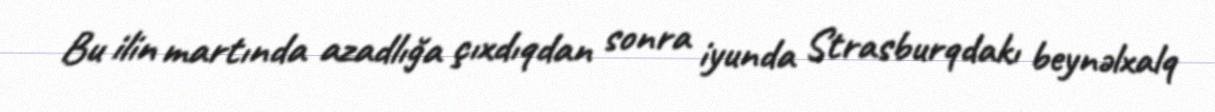
Bu ilin martında azadlığa çıxdıqdan sonra iyunda Strasburqdakı beynəlxalq